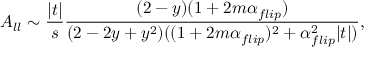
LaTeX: A _ { l l } \sim \frac { | t | } { s } \frac { ( 2 - y ) ( 1 + 2 m \alpha _ { f l i p } ) } { ( 2 - 2 y + y ^ { 2 } ) ( ( 1 + 2 m \alpha _ { f l i p } ) ^ { 2 } + \alpha _ { f l i p } ^ { 2 } | t | ) } ,